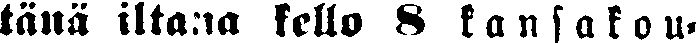
tänä iltana kello 8 kansakou-